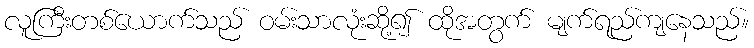
လူကြီးတစ်ယောက်သည် ဝမ်းသာလုံးဆို့၍ ထိုအတွက် မျက်ရည်ကျနေသည်။